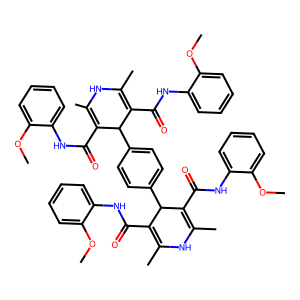
SMILES: COc1ccccc1NC(=O)C1=C(C)NC(C)=C(C(=O)Nc2ccccc2OC)C1c1ccc(C2C(C(=O)Nc3ccccc3OC)=C(C)NC(C)=C2C(=O)Nc2ccccc2OC)cc1
Inhibits HIV replication: No